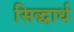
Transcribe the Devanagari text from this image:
सिद्धार्ध